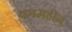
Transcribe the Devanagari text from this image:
कामहीन